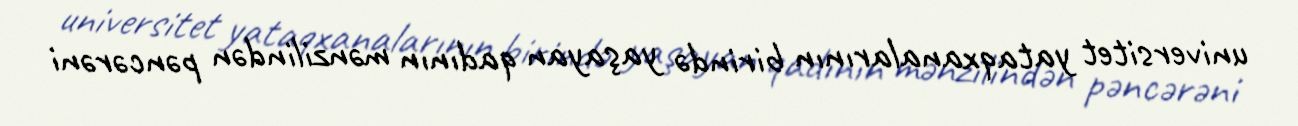
universitet yataqxanalarının birində yaşayan qadının mənzilindən pəncərəni